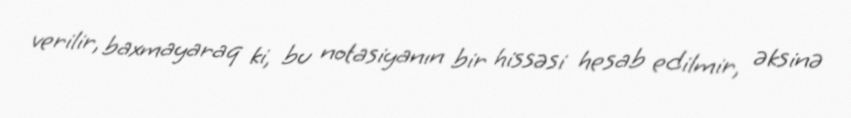
verilir, baxmayaraq ki, bu notasiyanın bir hissəsi hesab edilmir, əksinə